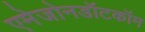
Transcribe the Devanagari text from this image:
एमेजोनडॉटकॉम